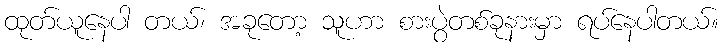
ထုတ်ယူနေပါ တယ်၊ အခုတော့ သူဟာ စားပွဲတစ်ခုနားမှာ ရပ်နေပါတယ်။